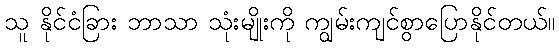
သူ နိုင်ငံခြား ဘာသာ သုံးမျိုးကို ကျွမ်းကျင်စွာပြောနိုင်တယ်။